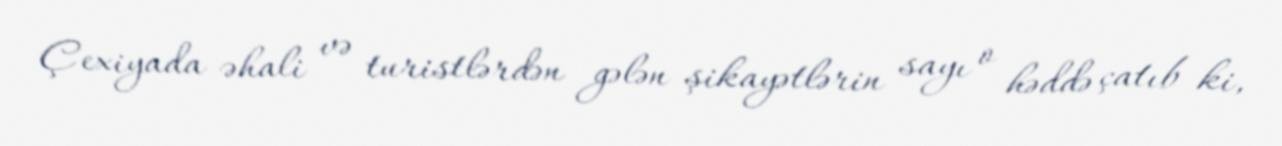
Çexiyada əhali və turistlərdən gələn şikayətlərin sayı o həddə çatıb ki,